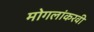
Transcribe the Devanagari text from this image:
मोगलांकरवी